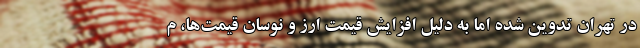
در تهران تدوین شده اما به دلیل افزایش قیمت ارز و نوسان قیمت‌ها، م